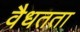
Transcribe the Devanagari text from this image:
वैधतता